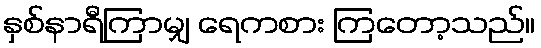
နှစ်နာရီကြာမျှ ရေကစား ကြတော့သည်။